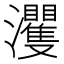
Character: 𱪘